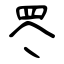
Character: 罖